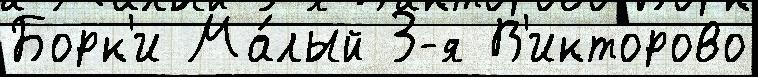
Борк'и Ма́лый 3-я В'икторово